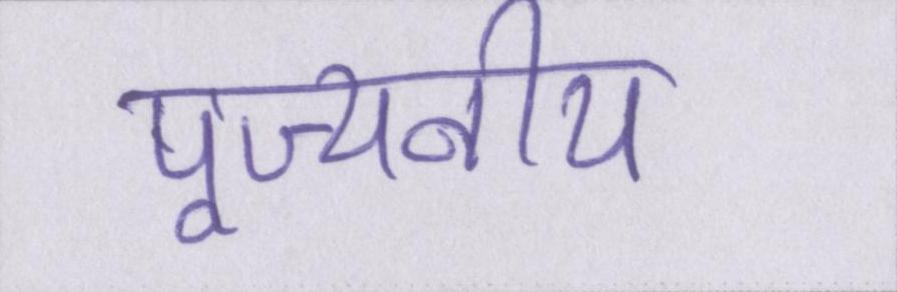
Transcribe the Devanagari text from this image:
पूज्यनीय